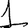
Digit: 1